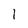
Character: 1